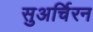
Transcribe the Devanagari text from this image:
सुअर्चिरन